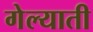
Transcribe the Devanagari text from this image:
गेल्याती